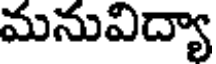
మనువిద్యా